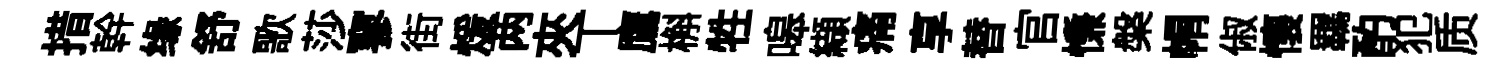
措幹缘舒歌莎寥街煖两夾丅鷹槲牲嗥纈痛享替官慊槃㡌俶懷羈酌犯质